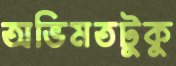
অভিমতটুকু